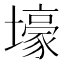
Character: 壕